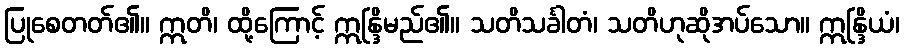
ပြုစေတတ်၏။ ဣတိ၊ ထို့ကြောင့် ဣန္ဒြိမည်၏။ သတိသင်္ခါတံ၊ သတိဟုဆိုအပ်သော။ ဣန္ဒြိယံ၊